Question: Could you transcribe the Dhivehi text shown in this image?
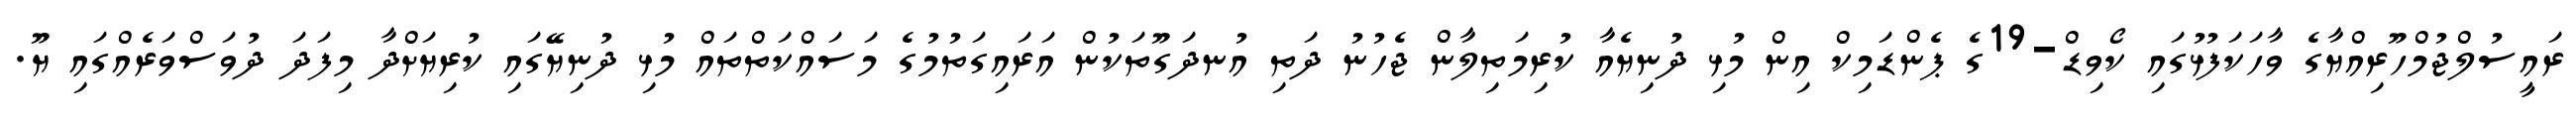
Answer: ރައީސުލްޖުމްހޫރިއްޔާގެ ވާހަކަފުޅުގައި ކޯވިޑް-19ގެ ޕެންޑަމިކް އިން މުޅި ދުނިޔެއާ ކުރިމަތިލާން ޖެހުނު ދަތި އުނދަގޫތަކުން އަރައިގަތުމުގެ މަސައްކަތްތައް މުޅި ދުނިޔޭގައި ކުރިޔަށްދާ މިފަދަ ދުވަސްވަރެއްގައި ޔޫ.